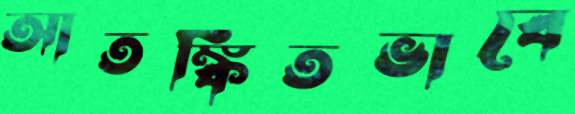
আতঙ্কিতভাবে